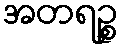
အတရဉ္စ